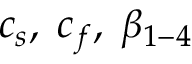
c _ { s } , \; c _ { f } , \; \beta _ { 1 - 4 }